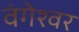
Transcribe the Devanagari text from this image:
वंगेश्‍वर